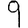
Digit: 9